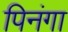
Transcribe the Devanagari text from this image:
पिनंगा